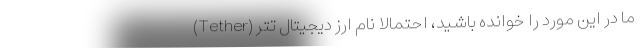
ما در این مورد را خوانده باشید، احتمالا نام ارز دیجیتال تتر (Tether)